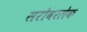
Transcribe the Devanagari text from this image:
सरोवरलेक